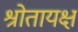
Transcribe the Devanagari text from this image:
श्रोतायक्ष